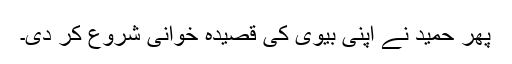
پھر حمید نے اپنی بیوی کی قصیدہ خوانی شروع کر دی۔